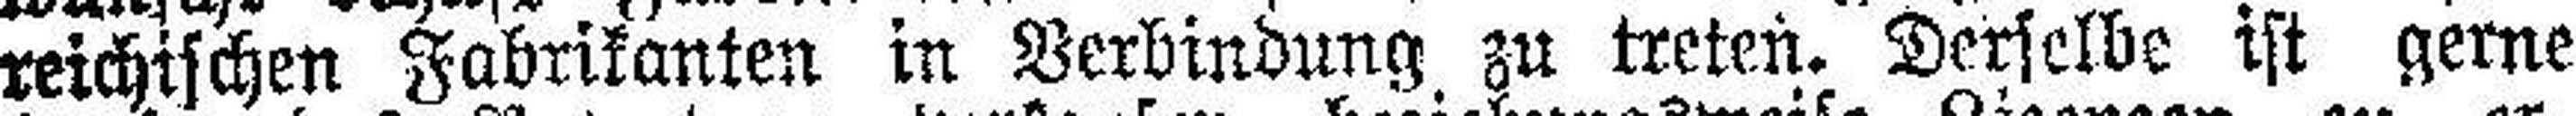
reichischen Fabrikanten in Verbindung zu treten. Derselbe ist gerne